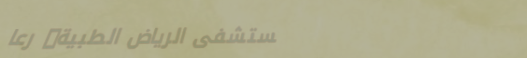
مستشفى الرياض الطبية: رعا